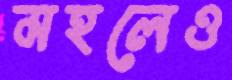
মহলেও